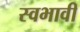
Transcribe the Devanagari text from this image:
स्वभावी